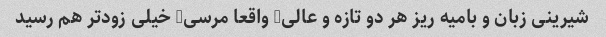
شیرینی زبان و بامیه ریز هر دو تازه و عالی, واقعا مرسی, خیلی زودتر هم رسید